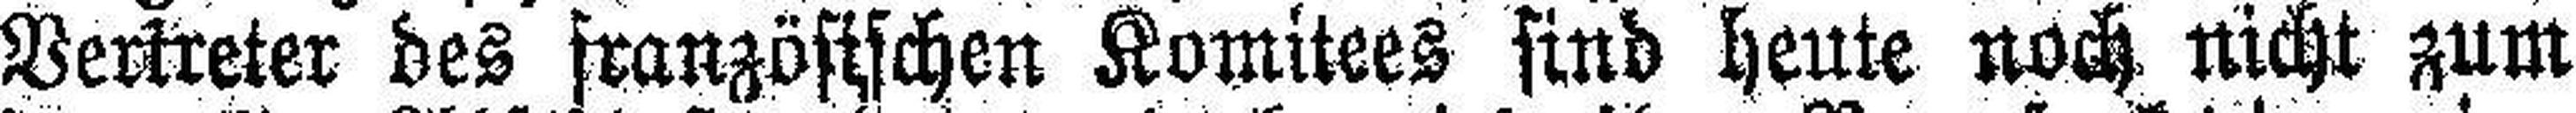
Vertreter des französischen Komitees sind heute noch nicht zum